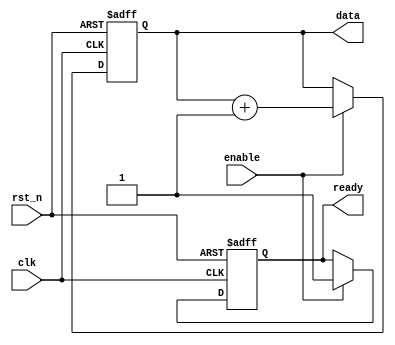
module reset_example (
    input wire clk,           // Clock signal
    input wire rst_n,        // Active-low reset signal
    input wire enable,       // Enable signal for normal operation
    output reg [7:0] data,   // 8-bit data register
    output reg ready         // Ready signal
);

// Initial state of registers
initial begin
    data = 8'b00000000;      // Initialize data register to 0
    ready = 1'b0;            // Initialize ready signal to low
end

// Asynchronous reset condition
always @(posedge clk or negedge rst_n) begin
    if (!rst_n) begin
        // Behavior on reset
        data <= 8'b00000000; // Clear data register
        ready <= 1'b0;       // Set ready signal to low
    end else if (enable) begin
        // Normal operation (example behavior)
        data <= data + 1;    // Increment data on each clock cycle
        ready <= 1'b1;        // Set ready signal high when enabled
    end
end

endmodule